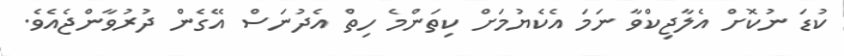
ކުޑަ ނުކޮށް އެލާޖިކްވާ ނަމަ އެކެޔުމަށް ކިތަންމެ ހިތް އެދުނަސް އޭގެން ދުރުވާންޖެއެވެ.